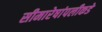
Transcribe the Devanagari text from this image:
सीमारेषांपलीकडे